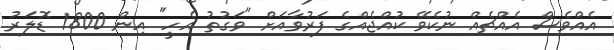
އެއްވެސް އެއްޗެއް ނުކެވޭ ކުއްޖެއްގެ ފަރުވާއަށް "ވަގުތު އެހީ" އިން 1800 ޑޮލަރު